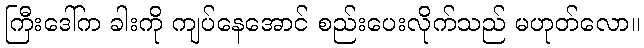
ကြီးဒေါ်က ခါးကို ကျပ်နေအောင် စည်းပေးလိုက်သည် မဟုတ်လော။